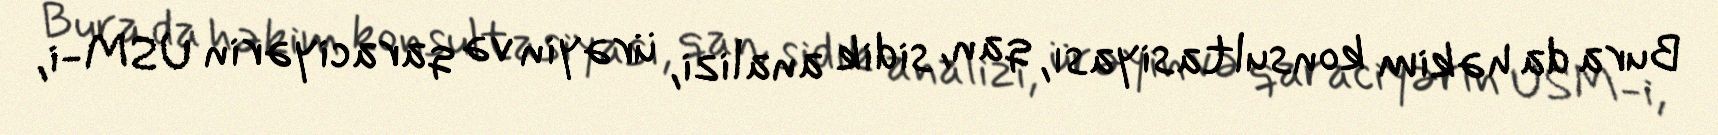
Bura da həkim konsultasiyası, qan, sidik analizi, ürəyin və qaraciyərin USM-i,